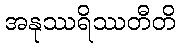
အနုဿရိဿတီတိ